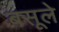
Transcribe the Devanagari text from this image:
बसूले